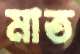
মাত